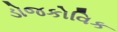
ડોજકોવિક